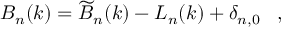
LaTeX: B _ { n } ( k ) = \widetilde { B } _ { n } ( k ) - { \cal L } _ { n } ( k ) + \delta _ { n , 0 } \; \; \; ,